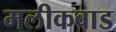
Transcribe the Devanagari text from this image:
मलीकवाड